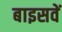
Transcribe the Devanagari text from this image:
बाइसवें